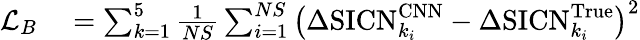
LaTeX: \begin{array}{rl}{\mathcal{L}_{B}}&{{}=\sum_{k=1}^{5}\frac{1}{NS}\sum_{i=1}^{NS}\big(\Delta\mathrm{SICN}_{k_{i}}^{\mathrm{CNN}}-\Delta\mathrm{SICN}_{k_{i}}^{\mathrm{True}}\big)^{2}}\end{array}